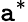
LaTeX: \mathtt{a}^{*}